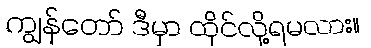
ကျွန်တော် ဒီမှာ ထိုင်လို့ရမလား။